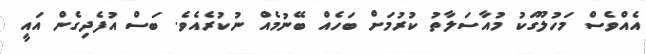
އެއްވެސް މަހުލޫގަކު މުއާސަލާތު ކުރުމަށް ބަހެއް ބޭނުމެއް ނުކުރެއެވެ. ބަސް އުފެދިގެން އައީ